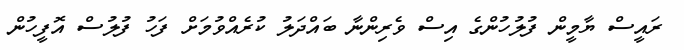
ރައީސް ޔާމީން ފުލުހުންގެ އިސް ވެރިންނާ ބައްދަލު ކުރެއްވުމަށް ފަހު ފުލުސް އޮފީހުން